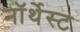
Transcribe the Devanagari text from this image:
नॉर्थेस्ट